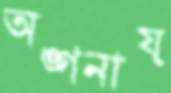
অঙ্গনায়